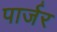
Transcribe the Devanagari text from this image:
पार्जर